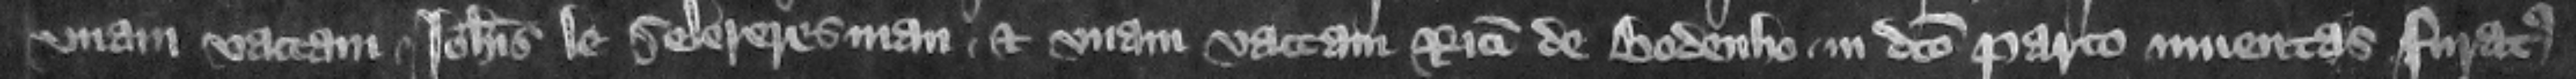
vnam vaccam Iohannis le Selereresman et vnam vaccam Ricardi de Bodenho in dicto parco inuentas furatus